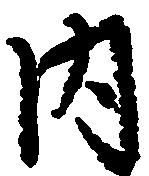
内